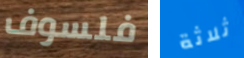
فلسوف ثلاثة